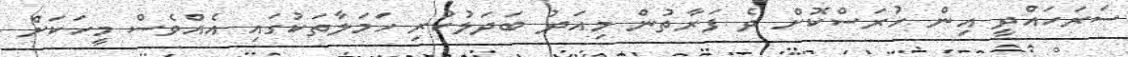
ސަރަހައްދީ އިން ހުރަސްކޮށް ދެ ފަރާތުން މިއަދު ބަދަލުކުރި ހަމަލާތަކުގައި އެއްވެސް މީހަކަށް